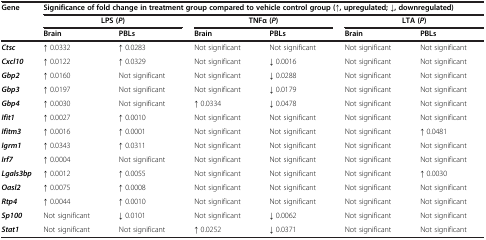
<table><thead><tr><td><b>Gene</b></td><td colspan="6"><b>Significance of fold change in treatment group compared to vehicle control group (↑, upregulated; ↓, downregulated)</b></td></tr><tr><td><b> </b></td><td colspan="2"><b>LPS (<i>P</i>)</b></td><td colspan="2"><b>TNFα (<i>P</i>)</b></td><td colspan="2"><b>LTA (<i>P</i>)</b></td></tr><tr><td><b> </b></td><td><b>Brain</b></td><td><b>PBLs</b></td><td><b>Brain</b></td><td><b>PBLs</b></td><td><b>Brain</b></td><td><b>PBLs</b></td></tr></thead><tbody><tr><td><b><i>Ctsc</i></b></td><td>↑ 0.0332</td><td>↑ 0.0283</td><td>Not significant</td><td>Not significant</td><td>Not significant</td><td>Not significant</td></tr><tr><td><b><i>Cxcl10</i></b></td><td>↑ 0.0122</td><td>↑ 0.0329</td><td>Not significant</td><td>↓ 0.0016</td><td>Not significant</td><td>Not significant</td></tr><tr><td><b><i>Gbp2</i></b></td><td>↑ 0.0160</td><td>Not significant</td><td>Not significant</td><td>↓ 0.0288</td><td>Not significant</td><td>Not significant</td></tr><tr><td><b><i>Gbp3</i></b></td><td>↑ 0.0197</td><td>Not significant</td><td>Not significant</td><td>↓ 0.0179</td><td>Not significant</td><td>Not significant</td></tr><tr><td><b><i>Gbp4</i></b></td><td>↑ 0.0030</td><td>Not significant</td><td>↑ 0.0334</td><td>↓ 0.0478</td><td>Not significant</td><td>Not significant</td></tr><tr><td><b><i>Ifit1</i></b></td><td>↑ 0.0027</td><td>↑ 0.0010</td><td>Not significant</td><td>Not significant</td><td>Not significant</td><td>Not significant</td></tr><tr><td><b><i>Ifitm3</i></b></td><td>↑ 0.0016</td><td>↑ 0.0001</td><td>Not significant</td><td>Not significant</td><td>Not significant</td><td>↑ 0.0481</td></tr><tr><td><b><i>Igrm1</i></b></td><td>↑ 0.0343</td><td>↑ 0.0311</td><td>Not significant</td><td>Not significant</td><td>Not significant</td><td>Not significant</td></tr><tr><td><b><i>Irf7</i></b></td><td>↑ 0.0004</td><td>Not significant</td><td>Not significant</td><td>Not significant</td><td>Not significant</td><td>Not significant</td></tr><tr><td><b><i>Lgals3bp</i></b></td><td>↑ 0.0012</td><td>↑ 0.0055</td><td>Not significant</td><td>Not significant</td><td>Not significant</td><td>↑ 0.0030</td></tr><tr><td><b><i>Oasl2</i></b></td><td>↑ 0.0075</td><td>↑ 0.0008</td><td>Not significant</td><td>Not significant</td><td>Not significant</td><td>Not significant</td></tr><tr><td><b><i>Rtp4</i></b></td><td>↑ 0.0044</td><td>↑ 0.0010</td><td>Not significant</td><td>Not significant</td><td>Not significant</td><td>Not significant</td></tr><tr><td><b><i>Sp100</i></b></td><td>Not significant</td><td>↓ 0.0101</td><td>Not significant</td><td>↓ 0.0062</td><td>Not significant</td><td>Not significant</td></tr><tr><td><b><i>Stat1</i></b></td><td>Not significant</td><td>Not significant</td><td>↑ 0.0252</td><td>↓ 0.0371</td><td>Not significant</td><td>Not significant</td></tr></tbody></table>